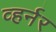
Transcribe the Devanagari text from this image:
व्हर्नर